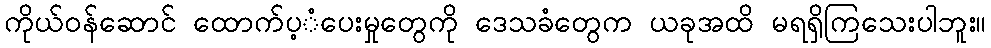
ကိုယ်ဝန်ဆောင် ထောက်ပ့ံပေးမှုတွေကို ဒေသခံတွေက ယခုအထိ မရရှိကြသေးပါဘူး။